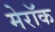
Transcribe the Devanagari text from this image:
मेरॉक